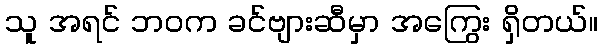
သူ အရင် ဘဝက ခင်ဗျားဆီမှာ အကြွေး ရှိတယ်။